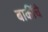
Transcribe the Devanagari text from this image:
बाकींचे